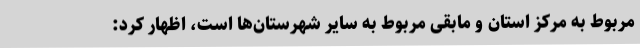
مربوط به مرکز استان و مابقی مربوط به سایر شهرستان‌ها است، اظهار کرد: